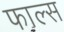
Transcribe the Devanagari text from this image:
फाल्‍स